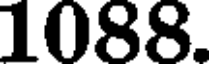
1088.